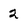
Character: 2